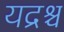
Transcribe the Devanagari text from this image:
यद्रश्च